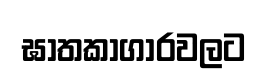
ඝාතකාගාරවලට